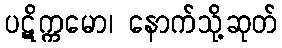
ပဋိက္ကမော၊ နောက်သို့ဆုတ်